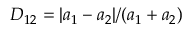
D _ { 1 2 } = | a _ { 1 } - a _ { 2 } | / ( a _ { 1 } + a _ { 2 } )